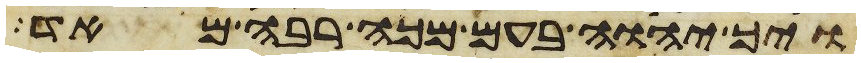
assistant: ויך יהוה בעם מכה רבה מאד